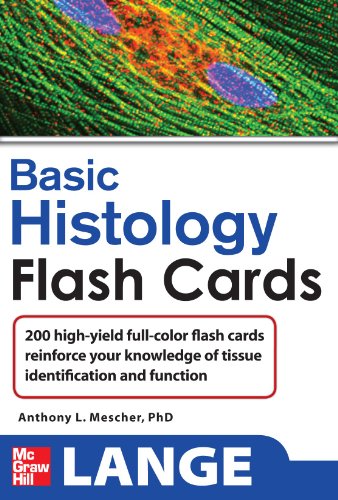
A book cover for Lange Basic Histology Flash Cards (LANGE FlashCards); Anthony Mescher; Medical Books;